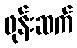
ဖုန်းဆက်